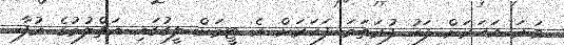
ވަނަ އަހަރަށް ފަހު ފުރަތަމަ ފަހަރަށް އެ ޓީމަށް ލީގުގައި އަތްލުމުގެ އުފާ